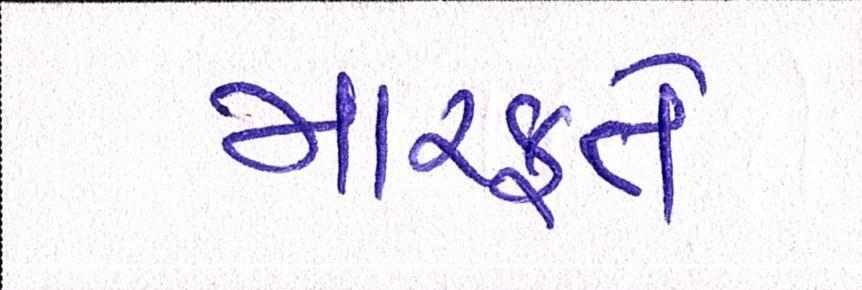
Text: મારફતે